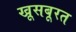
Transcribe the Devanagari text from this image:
खूसबूरत